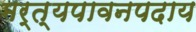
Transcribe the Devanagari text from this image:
मर्त्यपावनपदाय